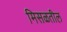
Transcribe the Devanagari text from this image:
मिसळतील